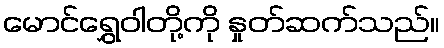
မောင်ရွှေဝါတို့ကို နှုတ်ဆက်သည်။